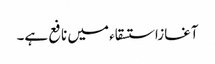
آغازاستسقاء میں نافع ہے۔